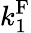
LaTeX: k_{1}^{\mathrm{F}}